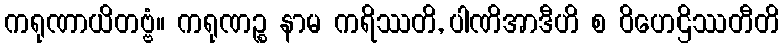
ကရုဏာယိတဗ္ဗံ။ ကရုဏဉ္စ နာမ ကရိဿတိ, ပါဏိအာဒီဟိ စ ဝိဟေဌိဿတီတိ